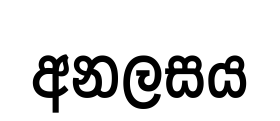
අනලසය